Papaver somniferum - Opium : an extract from the sixth volume of the Dictionary of Economic Products of India
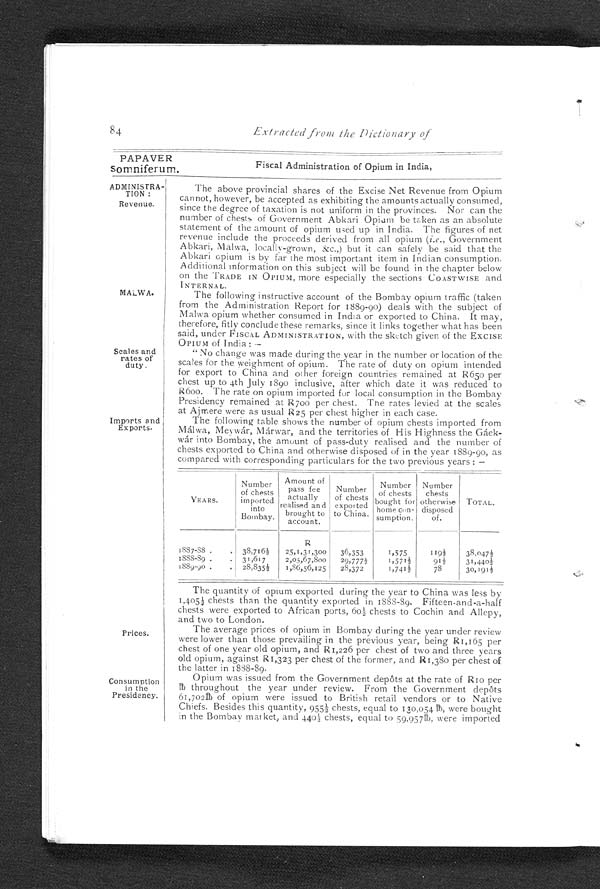
ADMINISTRA-
TION:
Revenue.
MALWA.
Scales and
rates of
duty.
84 Extracted from the Dictionary
PAPAVER
Somniferurn.
Fiscal Administration of Opium in India,
Imports and
Exports.
The above provincial shares of the Excise Net Revenue from Opium
cannot, however, be accepted as exhibiting the amounts actually consumed,
since the degree of taxation is not uniform in the provinces. Nor can the
number of chests of Government Abkari Opium be taken as an absolute
statement of the amount of opium used up in India. The figures of net
revenue include the proceeds derived from all opium ( i.e., Government
Abkari, Malwa, locally-grown, &c.,) but it can safely be said that the
Abkari opium is by far the most important item in Indian consumption.
Additional information on this subject will be found in the chapter below
on the TRADE IN OPIUM, more especially the sections COASTWISE and
INTERNAL.
The following instructive account of the Bombay opium traffic (taken
from the Administration Report for 1889-90) deals with the subject of
Malwa opium whether consumed in India or exported to China. It may,
therefore, fitly conclude these remarks, since it links together what has been
s a i d , u n d e r F I S C A l A D MI N I S T R A T I O N , w i t h t h e s k e t c h g i v e n o f t h e E X C I S E
OPIUM of India:
- "No change was made during the year in the number or location of the
scales for the weighment of opium. The rate of duty on opium intended
for export to China and oilier foreign countries remained at R650 per
chest up to 4th July 1890 inclusive, after which date it was reduced to
R600. The rate on opium imported for local consumption in the Bombay
Presidency remained at R700 per chest. The rates levied at the scales
at Ajmere were as usual R25 per chest higher in each case.
The following table shows the number of opium chests imported from
Málwa, Meywár, Márwar, and the territories of His Highness the Gaek
- w á r i n t o B o m b a y , t h e a m o u n t o f p a s s - d u t y r e a l i s e d a n d t h e n u m b e r o f
chests exported to China and otherwise disposed of in the year 1889-90, as
compared with corresponding particulars for the two previous years:—
YEARS.
Number
of chests
imported
into
Bombay.
Amount of
p a s s f e e
actually
realised and
brought to
account.
Number
of chests
exported
to China.
Number
of chests
bought for
home con-
sumption.
Number
chests
otherwise
disposed
of.
TOTAL.
R
1887-88 38,716½ 25,1,31,300 36,353
1,575
119½ 38, 047½
1888-89
31,617
2,05,67,800 29,777½
1,571½
91½ 31, 440½
1889-90
28,835½ 1,86,56,125 28,372
1,741½
78
30, 191½
The quantity of opium exported during the year to China was less by
1 , 4 0 5 ½ c h e s t s t h a n t h e q u a n t i t y e x p o r t e d i n 1 8 8 8 - 8 9 . F i f t e e n - a n d - a - h a l f
chests were exported to African ports, 60½ chests to Cochin and Allepy,
and two to London.
The average prices of opium in Bombay during the year under review
were lower than those prevailing in the previous year, being R1,165 per
chest of one year old opium, and R1,226 per chest of two and three years
old opium, against R1,323 per chest of the former, and R1,380 per chest of
the latter in 1888-89.
Opium was issued from the Government depôts at the rate of R10 per
l b t h r o u g h o u t t h e y e a r u n d e r r e v i e w . F r o m t h e G o v e r n m e n t d e p ô t s
61,702lb of opium were issued to British retail vendors or to Native
Chi efs. Besi des t hi s quant i t y, 955½ chest s, equal t o 130, 054l b, were bought
i n t he Bombay market , and 440½; chest s, equal t o 59, 957t h, were i mport ed
Prices.
Consumption in the
Presidency.